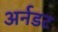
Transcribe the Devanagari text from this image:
अर्नडट